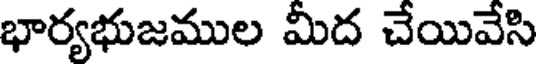
భార్యభుజముల మీద చేయివేసి